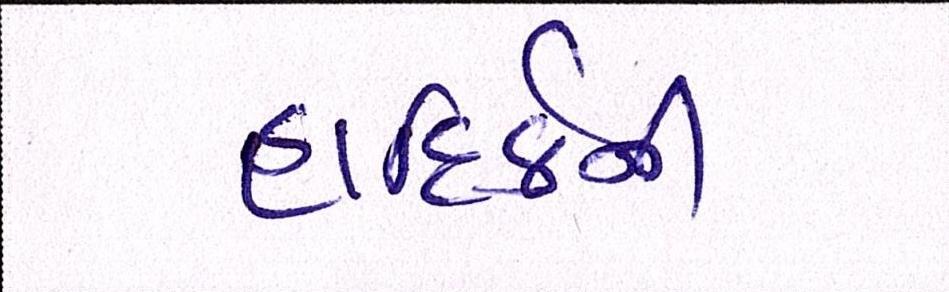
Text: હાદિર્કની